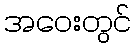
အဝေးတွင်